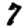
Digit: 7